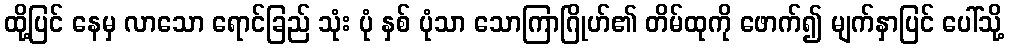
ထို့ပြင် နေမှ လာသော ရောင်ခြည် သုံး ပုံ နှစ် ပုံသာ သောကြာဂြိုဟ်၏ တိမ်ထုကို ဖောက်၍ မျက်နှာပြင် ပေါ်သို့